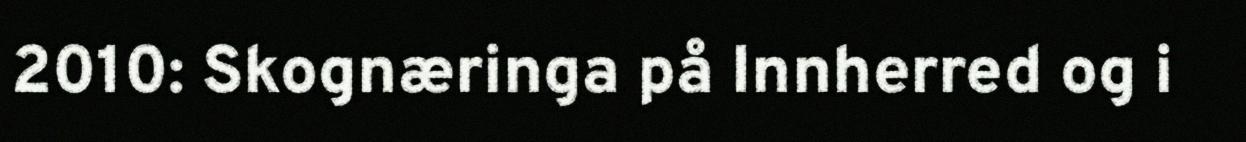
2010: Skognæringa på Innherred og i